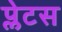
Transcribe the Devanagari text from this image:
प्लेटस